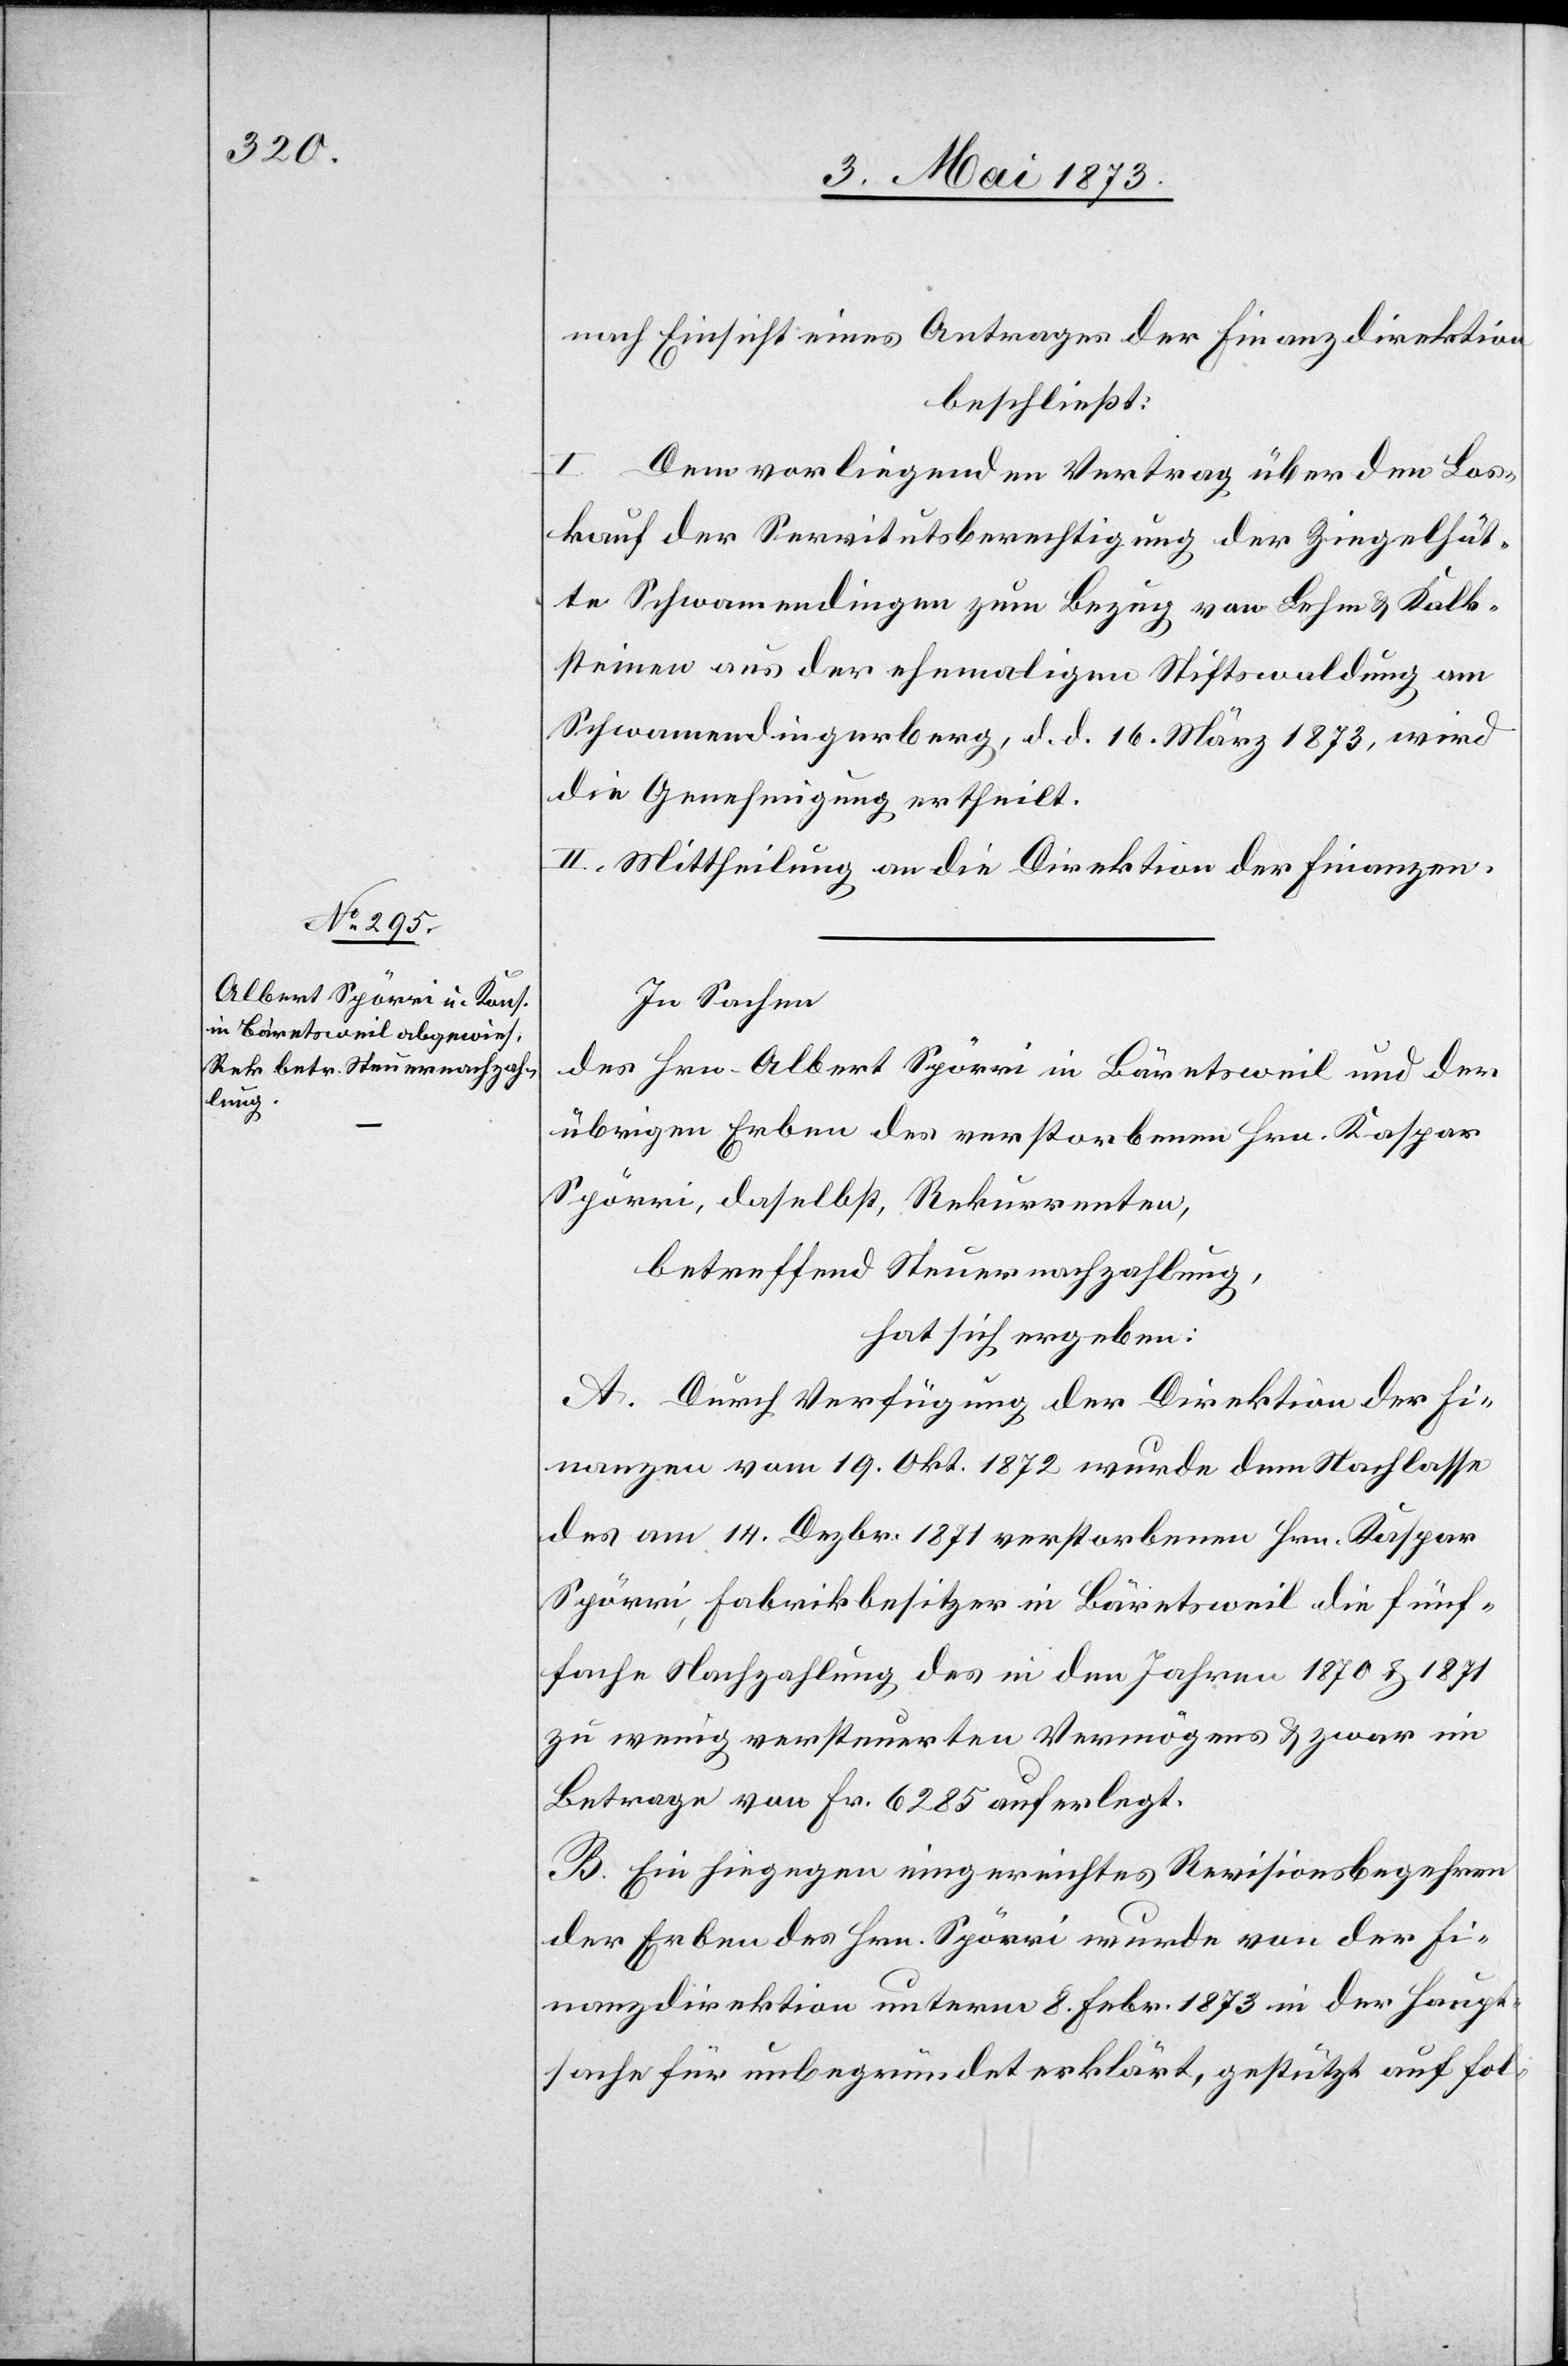
nach Einsicht eines Antrages der Finanzdirektion
beschließt:
I.
Dem vorliegenden Vertrag über den Los¬
kauf der Servitutsberechtigung der Ziegelhüt¬
te Schwamendingen zum Bezug von Lehm & Kalk¬
steinen aus der ehemaligen Stiftswaldung am
Schwamendingerberg, d. d. 16. März 1873, wird
die Genehmigung ertheilt.
II. Mittheilung an die Direktion der Finanzen.
In Sachen
des Hrn. Albert Spörri in Bäretsweil und der
übrigen Erben des verstorbenen Hrn. Kaspar
Spörri, daselbst, Rekurrenten,
betreffend Steuernachzahlung,
hat sich ergeben:
A. Durch Verfügung der Direktion der Fi¬
nanzen vom 19. Okt. 1872 wurde dem Nachlasse
des am 14. Dezbr. 1871 verstorbenen Hrn. Kaspar
Spörri, Fabrikbesitzer in Bäretsweil die fünf¬
fache Nachzahlung des in den Jahren 1870 & 1871
zu wenig versteuerten Vermögens & zwar im
Betrage von Fr. 6 285 auferlegt.
B. Ein hiegegen eingereichtes Revisionsbegehren
der Erben des Hrn. Spörri wurde von der Fi¬
nanzdirektion unterm 8. Febr. 1873 in der Haupt¬
sache für unbegründet erklärt, gestützt auf fol-